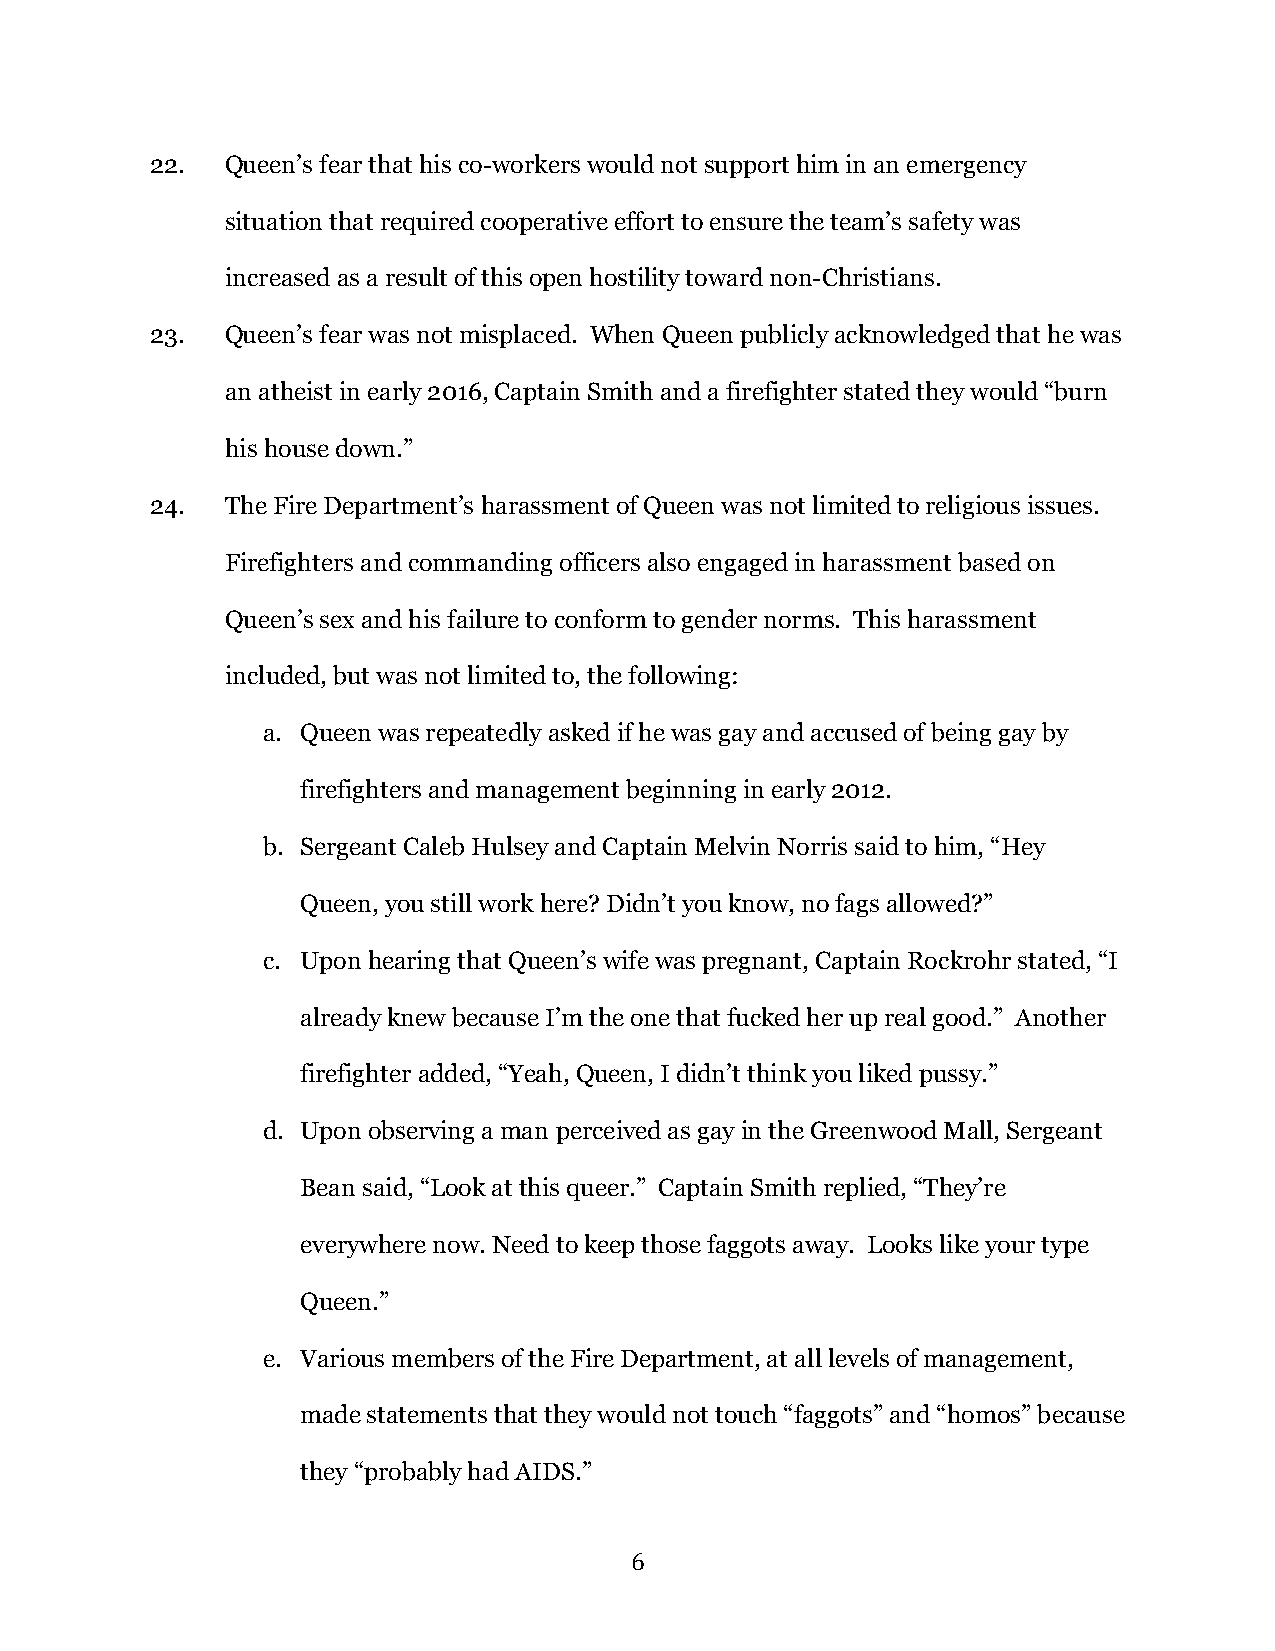
22.  Queen’s fear that his co-workers would not support him in an emergency
 situation that required cooperative effort to ensure the team’s safety was
 increased as a result of this open hostility toward non-Christians.
 23.  Queen’s fear was not misplaced. When Queen publicly acknowledged that he was
 an atheist in early 2016, Captain Smith and a firefighter stated they would “burn
 his house down.”
 24.  The Fire Department’s harassment of Queen was not limited to religious issues.
 Firefighters and commanding officers also engaged in harassment based on
 Queen’s sex and his failure to conform to gender norms. This harassment
 included, but was not limited to, the following:
 a. Queen was repeatedly asked if he was gay and accused of being gay by
 firefighters and management beginning in early 2012.
 b. Sergeant Caleb Hulsey and Captain Melvin Norris said to him, “Hey
 Queen, you still work here? Didn’t you know, no fags allowed?”
 c. Upon hearing that Queen’s wife was pregnant, Captain Rockrohr stated, “I
 already knew because I’m the one that fucked her up real good.” Another
 firefighter added, “Yeah, Queen, I didn’t think you liked pussy.”
 d. Upon observing a man perceived as gay in the Greenwood Mall, Sergeant
 Bean said, “Look at this queer.” Captain Smith replied, “They’re
 everywhere now. Need to keep those faggots away. Looks like your type
 Queen.”
 e. Various members of the Fire Department, at all levels of management,
 made statements that they would not touch “faggots” and “homos” because
 they “probably had AIDS.”
 6